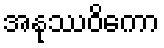
အနုဿဝိကော